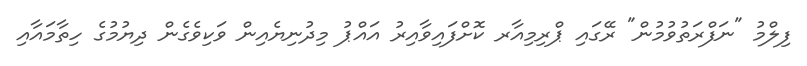
ފިލްމު "ނަފްރަތުވުމުން" ރޭގައި ޕްރިމިއާރ ކޮށްފައިވާއިރު އައްޕު މިދުނިޔެއިން ވަކިވެގެން ދިޔުމުގެ ހިތާމައާއި